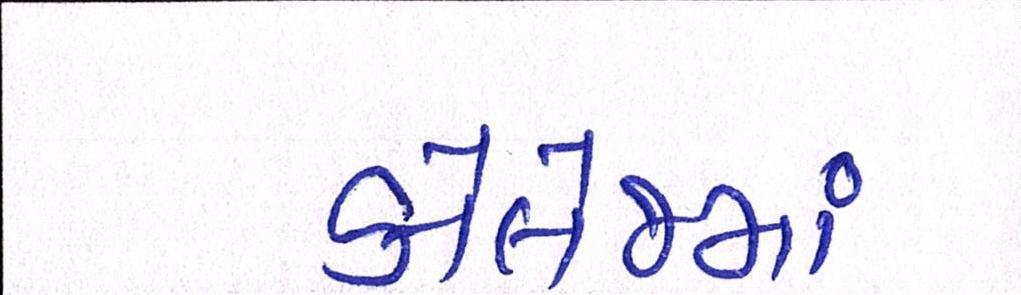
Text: કૉલેજમાં